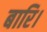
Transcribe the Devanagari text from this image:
बारि।